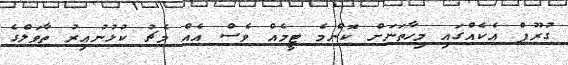
ގުރޫޕް އެކެއްގައި މިހާތަނަށް ކޮންމެ ޓީމެއް ވެސް އެއް މެޗު ކުޅުނުއިރު ތާވަލްގެ